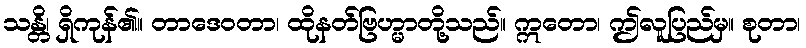
သန္တိ၊ ရှိကုန်၏။ တာဒေဝတာ၊ ထိုနတ်ဗြဟ္မာတို့သည်။ ဣတော၊ ဤလူပြည်မှ။ စုတာ၊